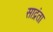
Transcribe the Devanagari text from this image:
साद्रंता